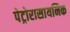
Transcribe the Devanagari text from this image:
पेट्रोरासायनिक